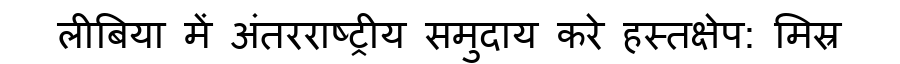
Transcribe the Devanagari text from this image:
लीबिया में अंतरराष्ट्रीय समुदाय करे हस्तक्षेप: मिस्र